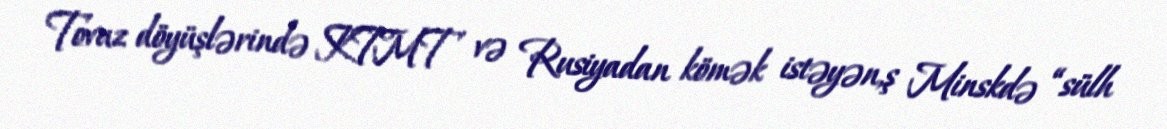
Tovuz döyüşlərində KTMT və Rusiyadan kömək istəyən,ş Minskdə “sülh